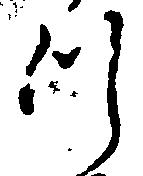
つ